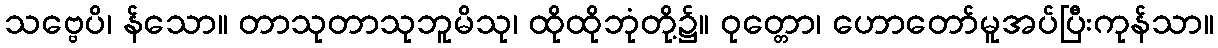
သဗ္ဗေပိ၊ န်သော။ တာသုတာသုဘူမိသု၊ ထိုထိုဘုံတို့၌။ ဝုတ္တော၊ ဟောတော်မူအပ်ပြီးကုန်သာ။